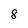
Character: 8